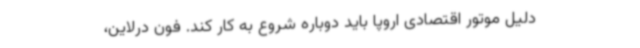
دلیل موتور اقتصادی اروپا باید دوباره شروع به کار کند. فون درلاین،